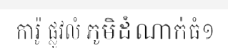
ការ៉ូ ផ្លូវលំ ភូមិដំណាក់ធំ១